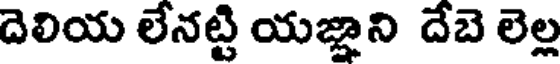
దెలియ లేనట్టి యజ్ఞాని దేబె లెల్ల